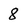
Character: 8